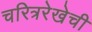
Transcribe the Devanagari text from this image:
चरित्ररेखेची